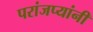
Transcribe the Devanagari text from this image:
परांजप्यांनी